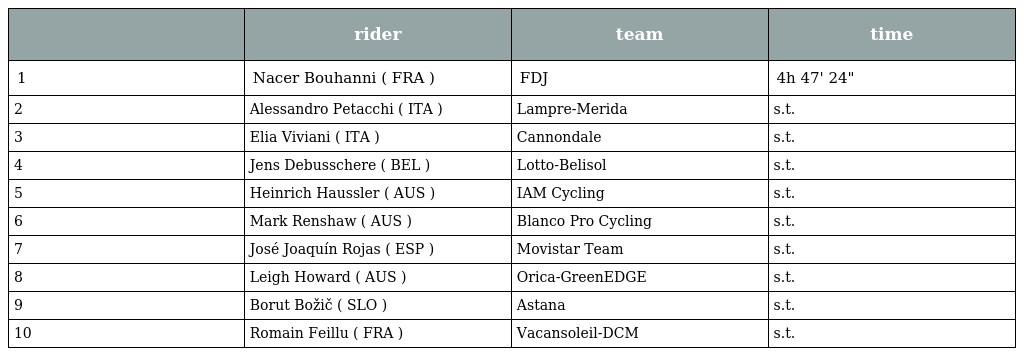
|  | rider | team | time |
 | --- | --- | --- | --- |
 | 1 | Nacer Bouhanni ( FRA ) | FDJ | 4h 47' 24" |
 | 2 | Alessandro Petacchi ( ITA ) | Lampre-Merida | s.t. |
 | 3 | Elia Viviani ( ITA ) | Cannondale | s.t. |
 | 4 | Jens Debusschere ( BEL ) | Lotto-Belisol | s.t. |
 | 5 | Heinrich Haussler ( AUS ) | IAM Cycling | s.t. |
 | 6 | Mark Renshaw ( AUS ) | Blanco Pro Cycling | s.t. |
 | 7 | José Joaquín Rojas ( ESP ) | Movistar Team | s.t. |
 | 8 | Leigh Howard ( AUS ) | Orica-GreenEDGE | s.t. |
 | 9 | Borut Božič ( SLO ) | Astana | s.t. |
 | 10 | Romain Feillu ( FRA ) | Vacansoleil-DCM | s.t. |